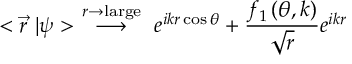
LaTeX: < \vec { r } \ | \psi > \ \stackrel { r \rightarrow \mathrm { l a r g e } } { \longrightarrow } \ e ^ { i k r \cos { \theta } } + { \frac { f _ { 1 } \left( \theta , k \right) } { \sqrt { r } } } e ^ { i k r }